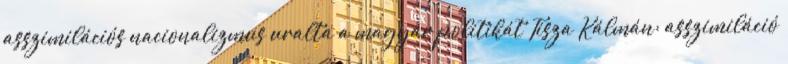
asszimilációs nacionalizmus uralta a magyar politikát Tisza Kálmán: asszimiláció